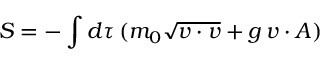
S = - \int d \tau \, ( m _ { 0 } \sqrt { v \cdot v } + g \, v \cdot A )